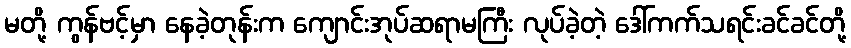
မတို့ ကွန်ဗင့်မှာ နေခဲ့တုန်းက ကျောင်းအုပ်ဆရာမကြီး လုပ်ခဲ့တဲ့ ဒေါ်ကက်သရင်းခင်ခင်တို့